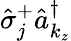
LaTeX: \hat{\sigma}_{j}^{+}\hat{a}_{k_{z}}^{\dagger}